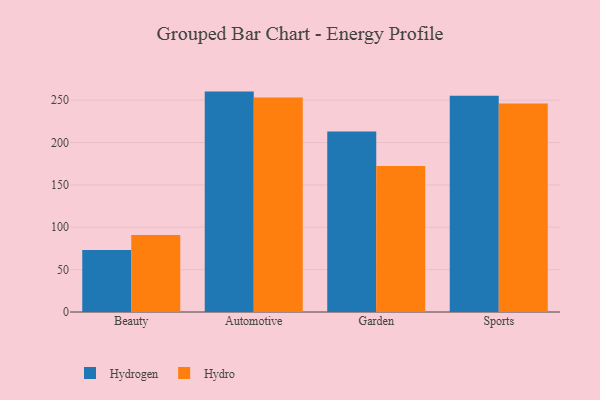
{"axis": {"x": "Category", "y": "Inventory Turnover"}, "legend": ["Hydro", "Hydrogen"], "data": [{"x": "Beauty", "y": 73.3, "type": "Hydrogen"}, {"x": "Beauty", "y": 90.9, "type": "Hydro"}, {"x": "Automotive", "y": 260.1, "type": "Hydrogen"}, {"x": "Automotive", "y": 253.1, "type": "Hydro"}, {"x": "Garden", "y": 213.0, "type": "Hydrogen"}, {"x": "Garden", "y": 172.4, "type": "Hydro"}, {"x": "Sports", "y": 255.3, "type": "Hydrogen"}, {"x": "Sports", "y": 246.1, "type": "Hydro"}]}